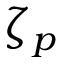
\zeta _ { p }